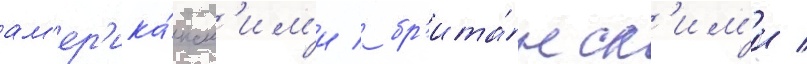
ам'ер'ика́нск'им'и / бр'ита́нск'им'и /